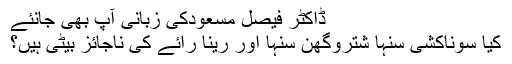
ڈاکٹر فیصل مسعودکی زبانی آپ بھی جانئے
کیا سوناکشی سنہا شتروگھن سنہا اور رینا رائے کی ناجائز بیٹی ہیں؟